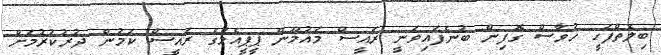
ބިލެތްފަހީ ހުވާސް ގޮފިން ބުނެފައިވަނީ ރައީސް މައުމޫން ޕީޕީއެމްގެ ރައީސް ކަމުން ދުރުކުރުމަށް